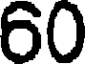
60